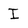
Character: I